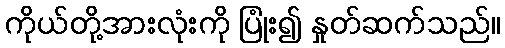
ကိုယ်တို့အားလုံးကို ပြုံး၍ နှုတ်ဆက်သည်။